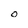
Character: 0